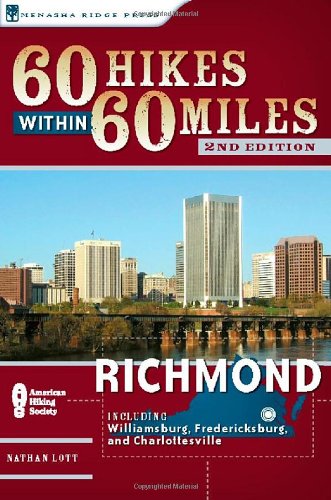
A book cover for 60 Hikes Within 60 Miles: Richmond: Including Petersburg, Williamsburg, and Fredericksburg; Nathan Lott; Travel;